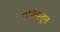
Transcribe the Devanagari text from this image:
वाक्यतून